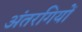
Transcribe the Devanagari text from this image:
अंतरगियों